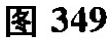
图349